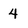
Character: 4